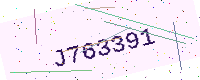
Text: J763391